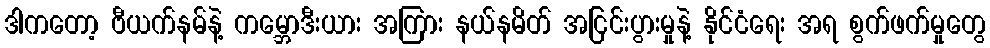
ဒါကတော့ ဗီယက်နမ်နဲ့ ကမ္ဘောဒီးယား အကြား နယ်နမိတ် အငြင်းပွားမှုနဲ့ နိုင်ငံရေး အရ စွက်ဖက်မှုတွေ